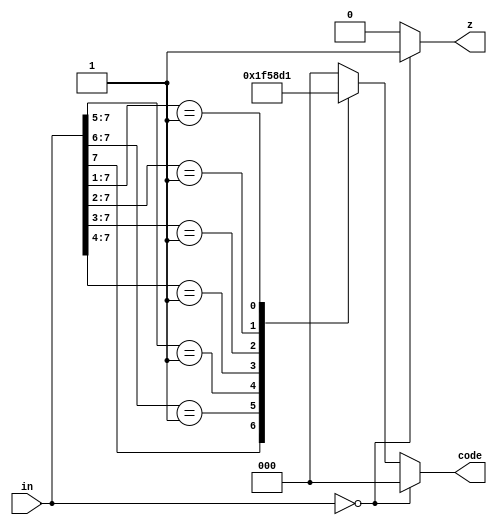
module PriorityEncode8(in, code,z);    // 8-bit priority encoder
   input [7:0] in;          // 8-bit inputs 
   output reg [2:0] code;   // indicates the index of the most significant bit that is a 1
   output reg z;            // indicates that all input bits are 0
     // outputs are not really registered, but Verilog syntax requires reg for an "if" assignment 
 

always @(*) begin
    if (in == 8'b00000000) begin
        code = 3'b000;
        z = 1'b1;
    end else begin
        z = 1'b0;
        casez (in)
            8'b1???????: code = 3'b111;
            8'b01??????: code = 3'b110;
            8'b001?????: code = 3'b101;
            8'b0001????: code = 3'b100;
            8'b00001???: code = 3'b011;
            8'b000001??: code = 3'b010;
            8'b0000001?: code = 3'b001;
            8'b00000001: code = 3'b000;
            default:     code = 3'b000; // Default case to handle unexpected inputs
        endcase
    end
end          
endmodule